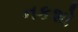
નકશો